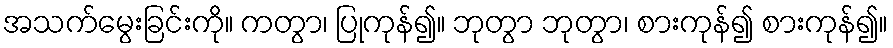
အသက်မွေးခြင်းကို။ ကတွာ၊ ပြုကုန်၍။ ဘုတွာ ဘုတွာ၊ စားကုန်၍ စားကုန်၍။